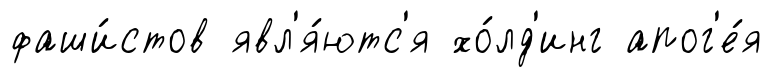
фаши́стов явл'я́ютс'я хо́лд'инг апог'е́я